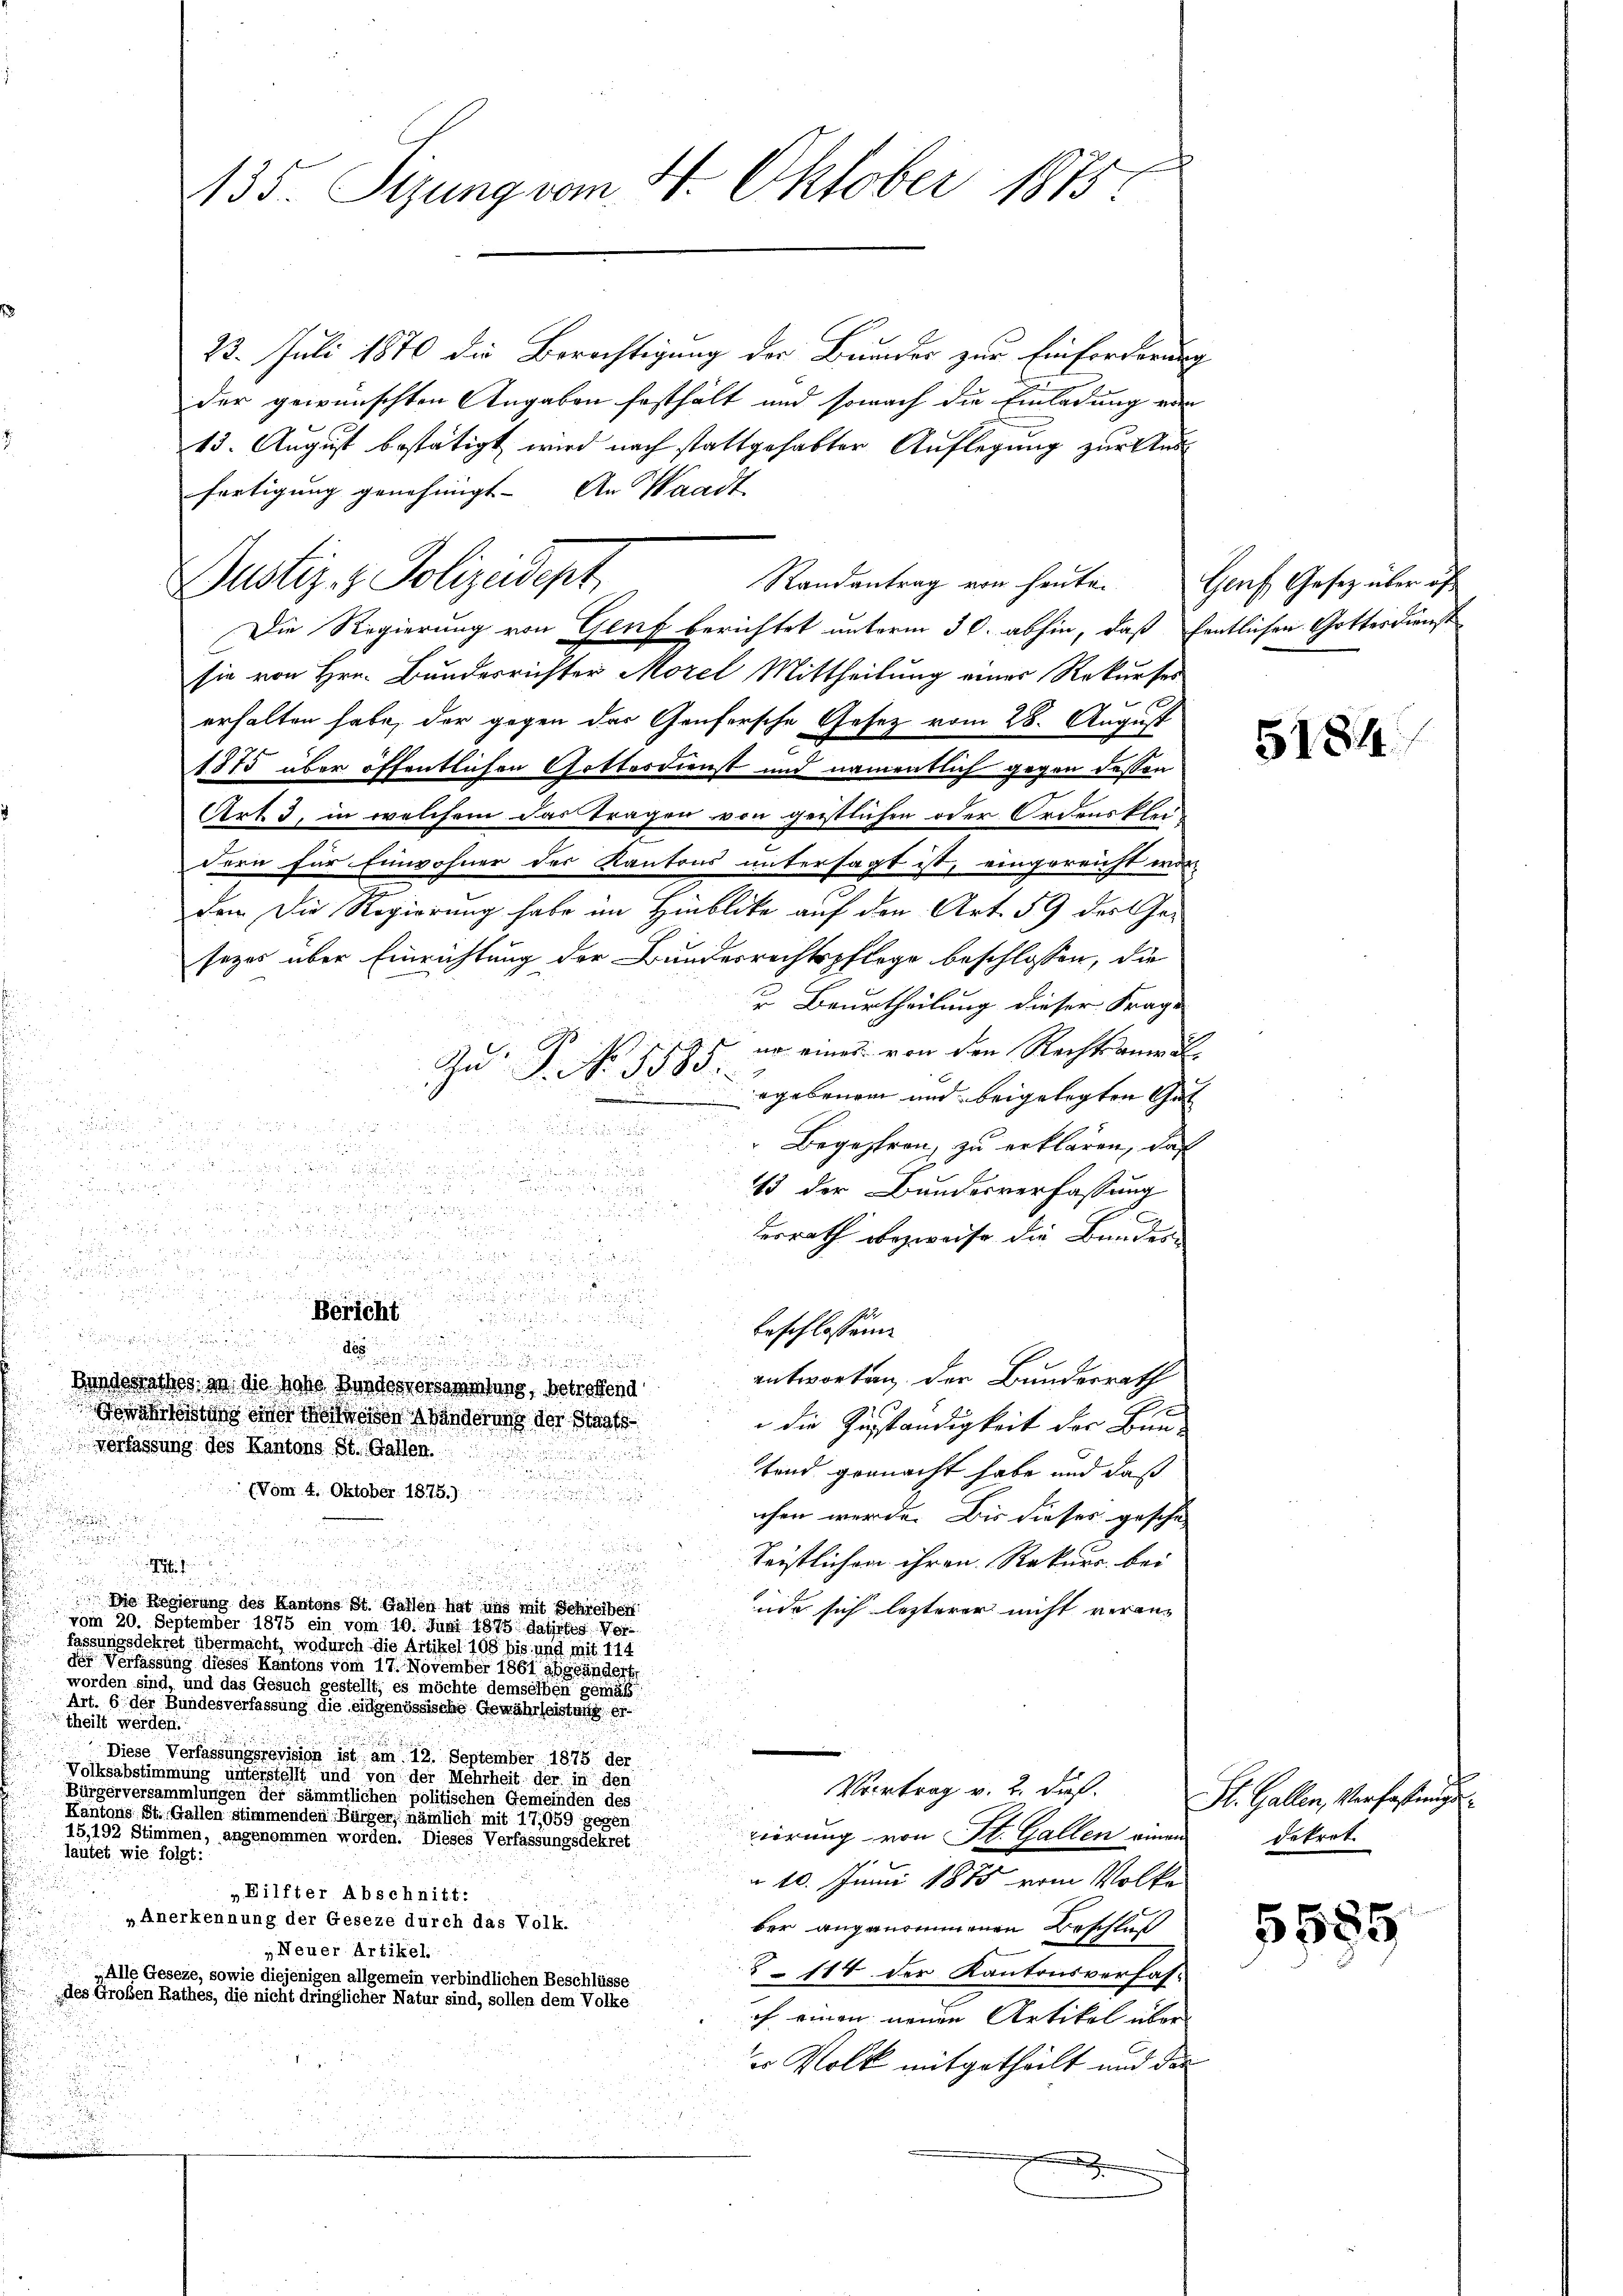
23. Juli 1870 die Berichtigung der Bunder zur Einforderung
der gewünschten Angaben festhält und sowach die Einladung von
15. August bestätigt wird nach stattgehabter Auflegung zur And
fertigung genehmigt. An Waadt
Randantrag von heuten
Die Regierung von Genf berichtet unterm 30. abhin, daß fentlichen Gottesdienst
sie von Hrn. Bundesrichter Morel Mittheilung einer Rekurser
erhalten habe, der gegen der Genfersche Gesetz vom 28. August
1875 über öffentlichen Gottesdienst und namentlich gegen dessen
Art. 3, in welchem das Tragen von geistlichen oder Ordensklei-
dern für Einwohner der Kantons untersagt ist, eingereicht wor
den die Regierung habe im Hinblicke auf den Art. 59 des Gesezes über Einrichtung der Bundesrechtspflege beschlossen, die
u Beurtheilung dieser Frage
er eines von den Rechtsamer d
Zu: P. Nr. 1885.
egebenen und beigelegten Gat
.
a

 x 2 2 x

Begehren, zu erklären, daß

a
w

d

13 der Bundesverfassung
 x

e

berrath bezweife die Bandes

 xx
h

ei

Bericht

beschlossen

e
entworten, der Bundesrath
Bundesrathes an die hohe Bundesversammlung, betreffend
fostens der andern der Staats
 die Zuständigkeit der Bun-
verfassung des Kantons St. Gallen.

fend gemacht habe und daß
d
(Vom 4. Oktober 1875.)
chen werde. Bis dieses gesche
.
 x 2 x

u
Leistlichen ihren Rekurs bei

 Die Regierung des Kantons St. Gallen hat uns mit Schreiben!
üde sich lezterer nicht veranvom 20. September 1875 ein vom 10. Juni 1898 Mai 18
fassungsdekret übermacht, wodurch die Artikel 108 bis und mit 114
der Verfassung dieses Kantons vom 17. November 1861 ahsbändert,
worden sind, und das Gesuch gestellt; es möchte demselben gemäß
Art. 6 der Bundesverfassung die eidgenössische Gewährleistung er-
theilt werden.
Diese Verfassungsrevision ist am 12. September 1875 der
Volksabstimmung unterstellt und von der Mehrheit der in den
Vortrag v. 2. dieß.
Bürgerversammlungen der sämmtlichen politischen Gemeinden des
Kantons St. Gallen stimmenden Bürger, nämlich mit 17,059 gegen
15,192 Stimmen, angenommen worden. Dieses Verfassungsdekret
gierung von St. Gallen einem Dekret
lautet wie folgt:
a 10. Juni 1885 vom Volke

„Eilfter Abschnitt:
„ Anerkennung der Geseze durch das Volk.
ber angenommenen Beschluß
„Neuer Artikel.
 114 der Kantonsverfas-
„Alle Geseze, sowie diejenigen allgemein verbindlichen Beschlüsse
des Großen Rathes, die nicht dringlicher Natur sind, sollen dem Volke
ch einen neuen Artikel über
er Volk mitgetheilt und das

435. Stzung vom 4. Oktober 1815

e

Genf, Gesetz über öf

5184

St. Gallen, Verfassungs

5685